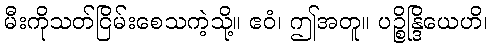
မီးကိုသတ်ငြိမ်းစေသကဲ့သို့။ ဧဝံ၊ ဤအတူ။ ပဉ္စိန္ဒြိယေဟိ၊